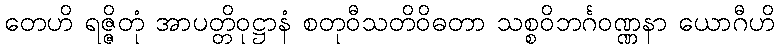
တေဟိ ရဇ္ဇိတုံ အာပတ္တိဝုဋ္ဌာနံ စတုဝီသတိဝိဓတာ သစ္စဝိဘင်္ဂဝဏ္ဏနာ ယောဂီဟိ